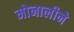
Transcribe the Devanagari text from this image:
मोनालीने